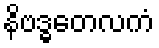
နိဗဒ္ဓတေလကံ